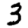
Digit: 3